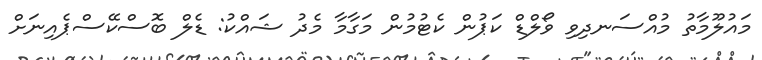
މައުލޫމާތު މުއްސަނދިވި ވޯލްޑް ކަޕުން ކެޓުމުން މަގާމާ މެދު ޝައްކު: ޑެލް ބޮސްކޭސްޕެއިނަށް